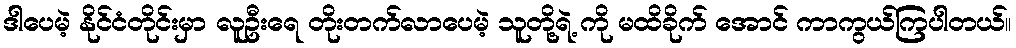
ဒါပေမဲ့ နိုင်ငံတိုင်းမှာ လူဦးရေ တိုးတက်လာပေမဲ့ သူတို့ရဲ့ ကို မထိခိုက် အောင် ကာကွယ်ကြပါတယ်။